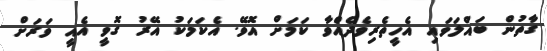
ގާތުން ބައްލަވައި އެހީތެރިވެދެއްވާ ކަމަށް އޮވޭ. އެކަމަކު އޭރު ގޮވީ އެއީ ވަރަށް